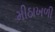
મીઠાખળી